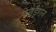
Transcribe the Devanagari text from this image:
पेनड्रैगन